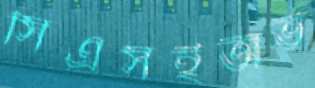
সিএসইঅভ